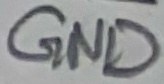
Text: GND